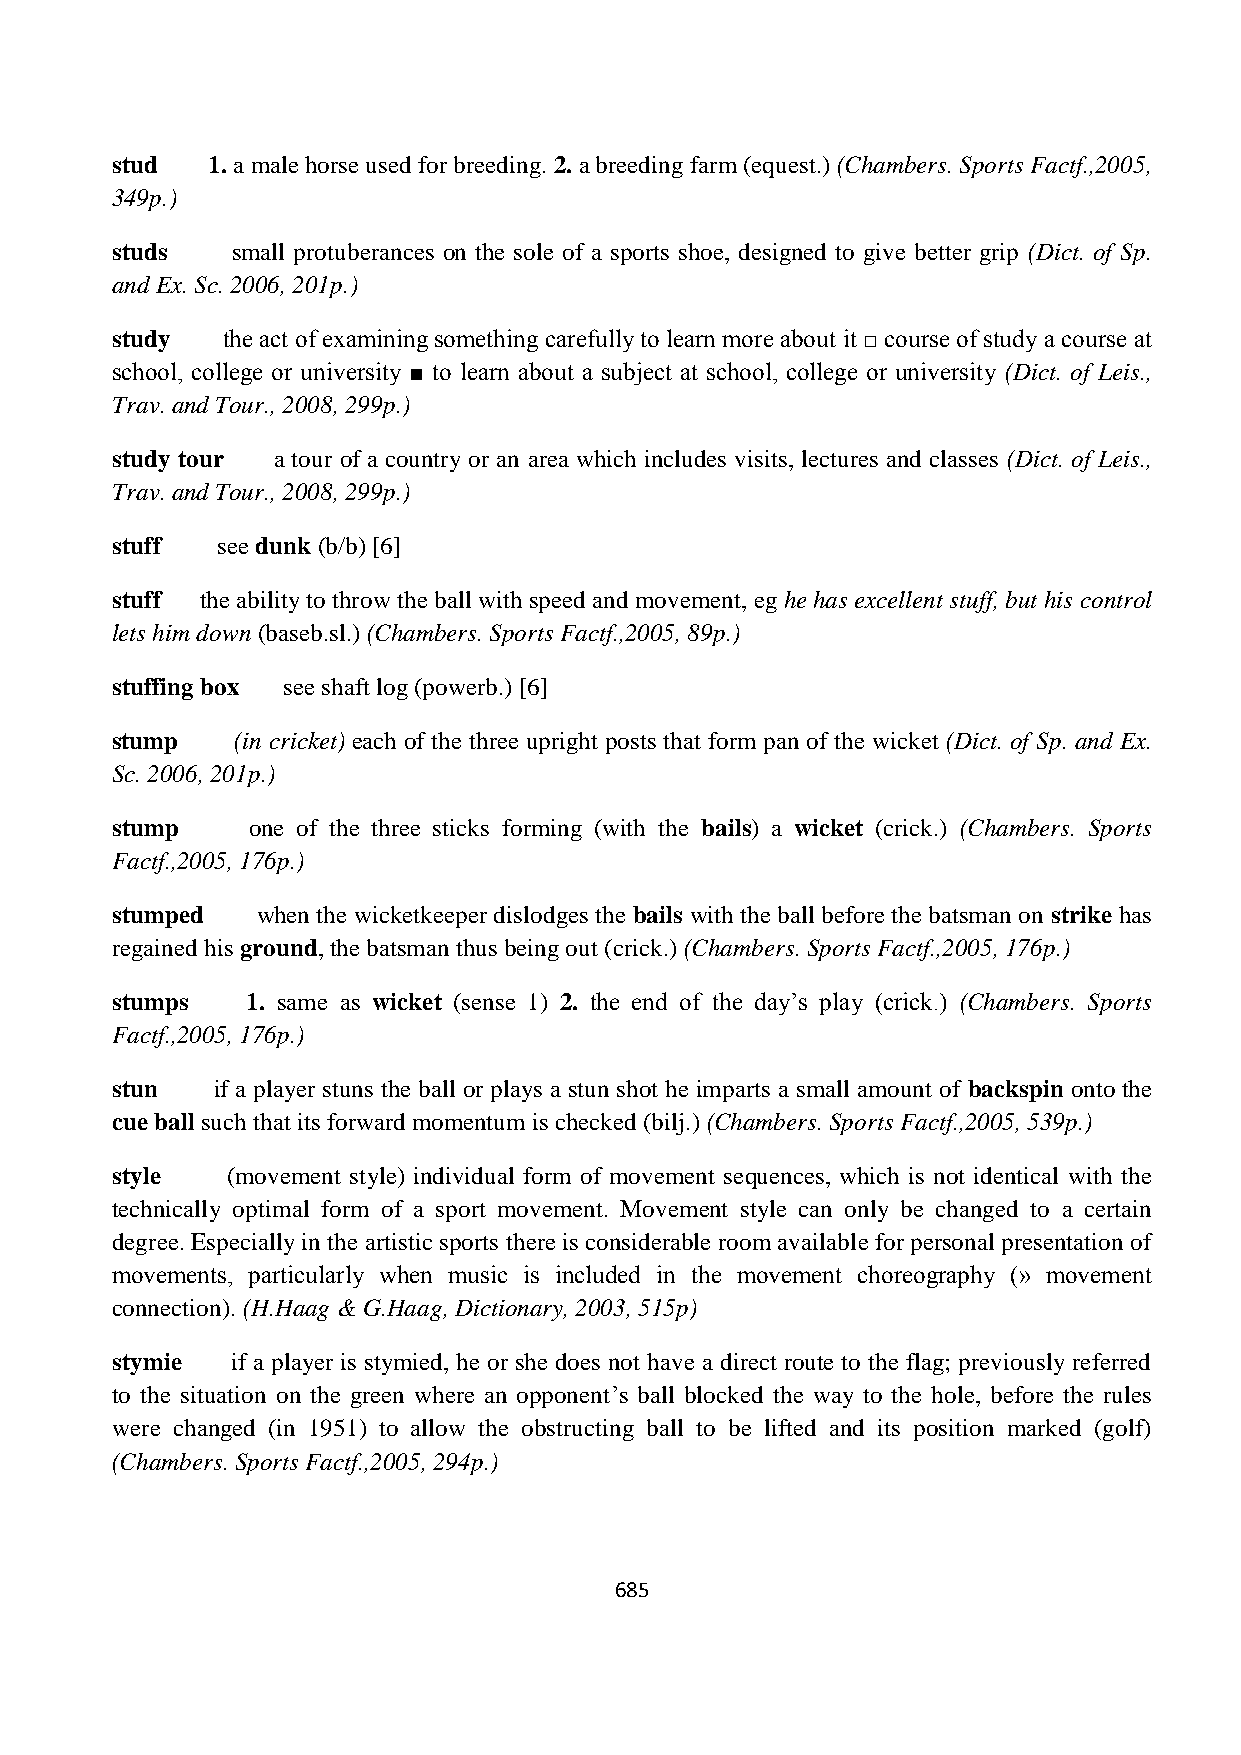
stud   1. a male horse used for breeding. 2. a breeding farm (equest.) (Chambers. Sports Factf.,2005,
 349p.)
 studs   small protuberances on the sole of a sports shoe, designed to give better grip (Dict. of Sp.
 and Ex. Sc. 2006, 201p.)
 study   the act of examining something carefully to learn more about it □ course of study a course at
 school, college or university ■ to learn about a subject at school, college or university (Dict. of Leis.,
 Trav. and Tour., 2008, 299p.)
 study tour a tour of a country or an area which includes visits, lectures and classes (Dict. of Leis.,
 Trav. and Tour., 2008, 299p.)
 stuff  see dunk (b/b) [6]
 stuff the ability to throw the ball with speed and movement, eg he has excellent stuff, but his control
 lets him down (baseb.sl.) (Chambers. Sports Factf.,2005, 89p.)
 stuffing box see shaft log (powerb.) [6]
 stump    (in cricket) each of the three upright posts that form pan of the wicket (Dict. of Sp. and Ex.
 Sc. 2006, 201p.)
 stump     one of the three sticks forming (with the bails) a wicket (crick.) (Chambers. Sports
 Factf.,2005, 176p.)
 stumped   when the wicketkeeper dislodges the bails with the ball before the batsman on strike has
 regained his ground, the batsman thus being out (crick.) (Chambers. Sports Factf.,2005, 176p.)
 stumps   1. same as wicket (sense 1) 2. the end of the day‟s play (crick.) (Chambers. Sports
 Factf.,2005, 176p.)
 stun   if a player stuns the ball or plays a stun shot he imparts a small amount of backspin onto the
 cue ball such that its forward momentum is checked (bilj.) (Chambers. Sports Factf.,2005, 539p.)
 style   (movement style) individual form of movement sequences, which is not identical with the
 technically optimal form of a sport movement. Movement style can only be changed to a certain
 degree. Especially in the artistic sports there is considerable room available for personal presentation of
 movements, particularly when music is included in the movement choreography (» movement
 connection). (H.Haag & G.Haag, Dictionary, 2003, 515p)
 stymie  if a player is stymied, he or she does not have a direct route to the flag; previously referred
 to the situation on the green where an opponent‟s ball blocked the way to the hole, before the rules
 were changed (in 1951) to allow the obstructing ball to be lifted and its position marked (golf)
 (Chambers. Sports Factf.,2005, 294p.)
 685